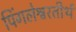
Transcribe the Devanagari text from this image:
पिंगलेश्वरतीर्थ